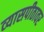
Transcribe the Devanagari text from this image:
व्‍यासपीठावर